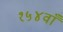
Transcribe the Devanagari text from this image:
१५४वाँ